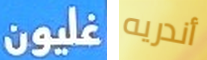
غليون أندريه